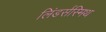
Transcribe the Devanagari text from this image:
लिंडर्सस्मिथ